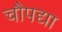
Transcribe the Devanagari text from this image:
चौपद्या